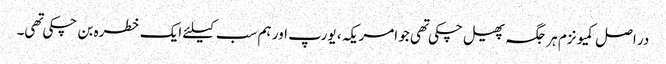
در اصل کمیونزم ہر جگہ پھیل چکی تهی جو امریکہ ، یورپ اور ہم سب کیلئے ایک خطره بن چکی تهی۔